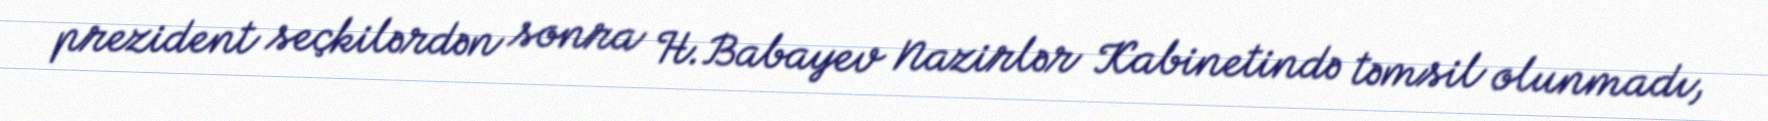
prezident seçkilərdən sonra H.Babayev Nazirlər Kabinetində təmsil olunmadı,